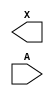
module sky130_fd_sc_hs__dlymetal6s4s (
    X,
    A
);

    output X;
    input  A;

    // Voltage supply signals
    supply1 VPWR;
    supply0 VGND;

endmodule